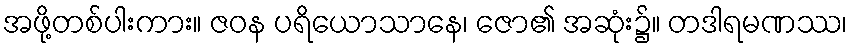
အဖို့တစ်ပါးကား။ ဇဝန ပရိယောသာနေ၊ ဇော၏ အဆုံး၌။ တဒါရမဏဿ၊